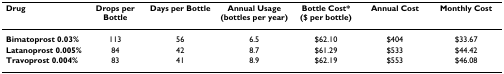
<table><thead><tr><td><b>Drug</b></td><td><b>Drops per Bottle</b></td><td><b>Days per Bottle</b></td><td><b>Annual Usage (bottles per year)</b></td><td><b>Bottle Cost* ($ per bottle)</b></td><td><b>Annual Cost</b></td><td><b>Monthly Cost</b></td></tr></thead><tbody><tr><td><b>Bimatoprost 0.03%</b></td><td>113</td><td>56</td><td>6.5</td><td>$62.10</td><td>$404</td><td>$33.67</td></tr><tr><td><b>Latanoprost 0.005%</b></td><td>84</td><td>42</td><td>8.7</td><td>$61.29</td><td>$533</td><td>$44.42</td></tr><tr><td><b>Travoprost 0.004%</b></td><td>83</td><td>41</td><td>8.9</td><td>$62.19</td><td>$553</td><td>$46.08</td></tr></tbody></table>